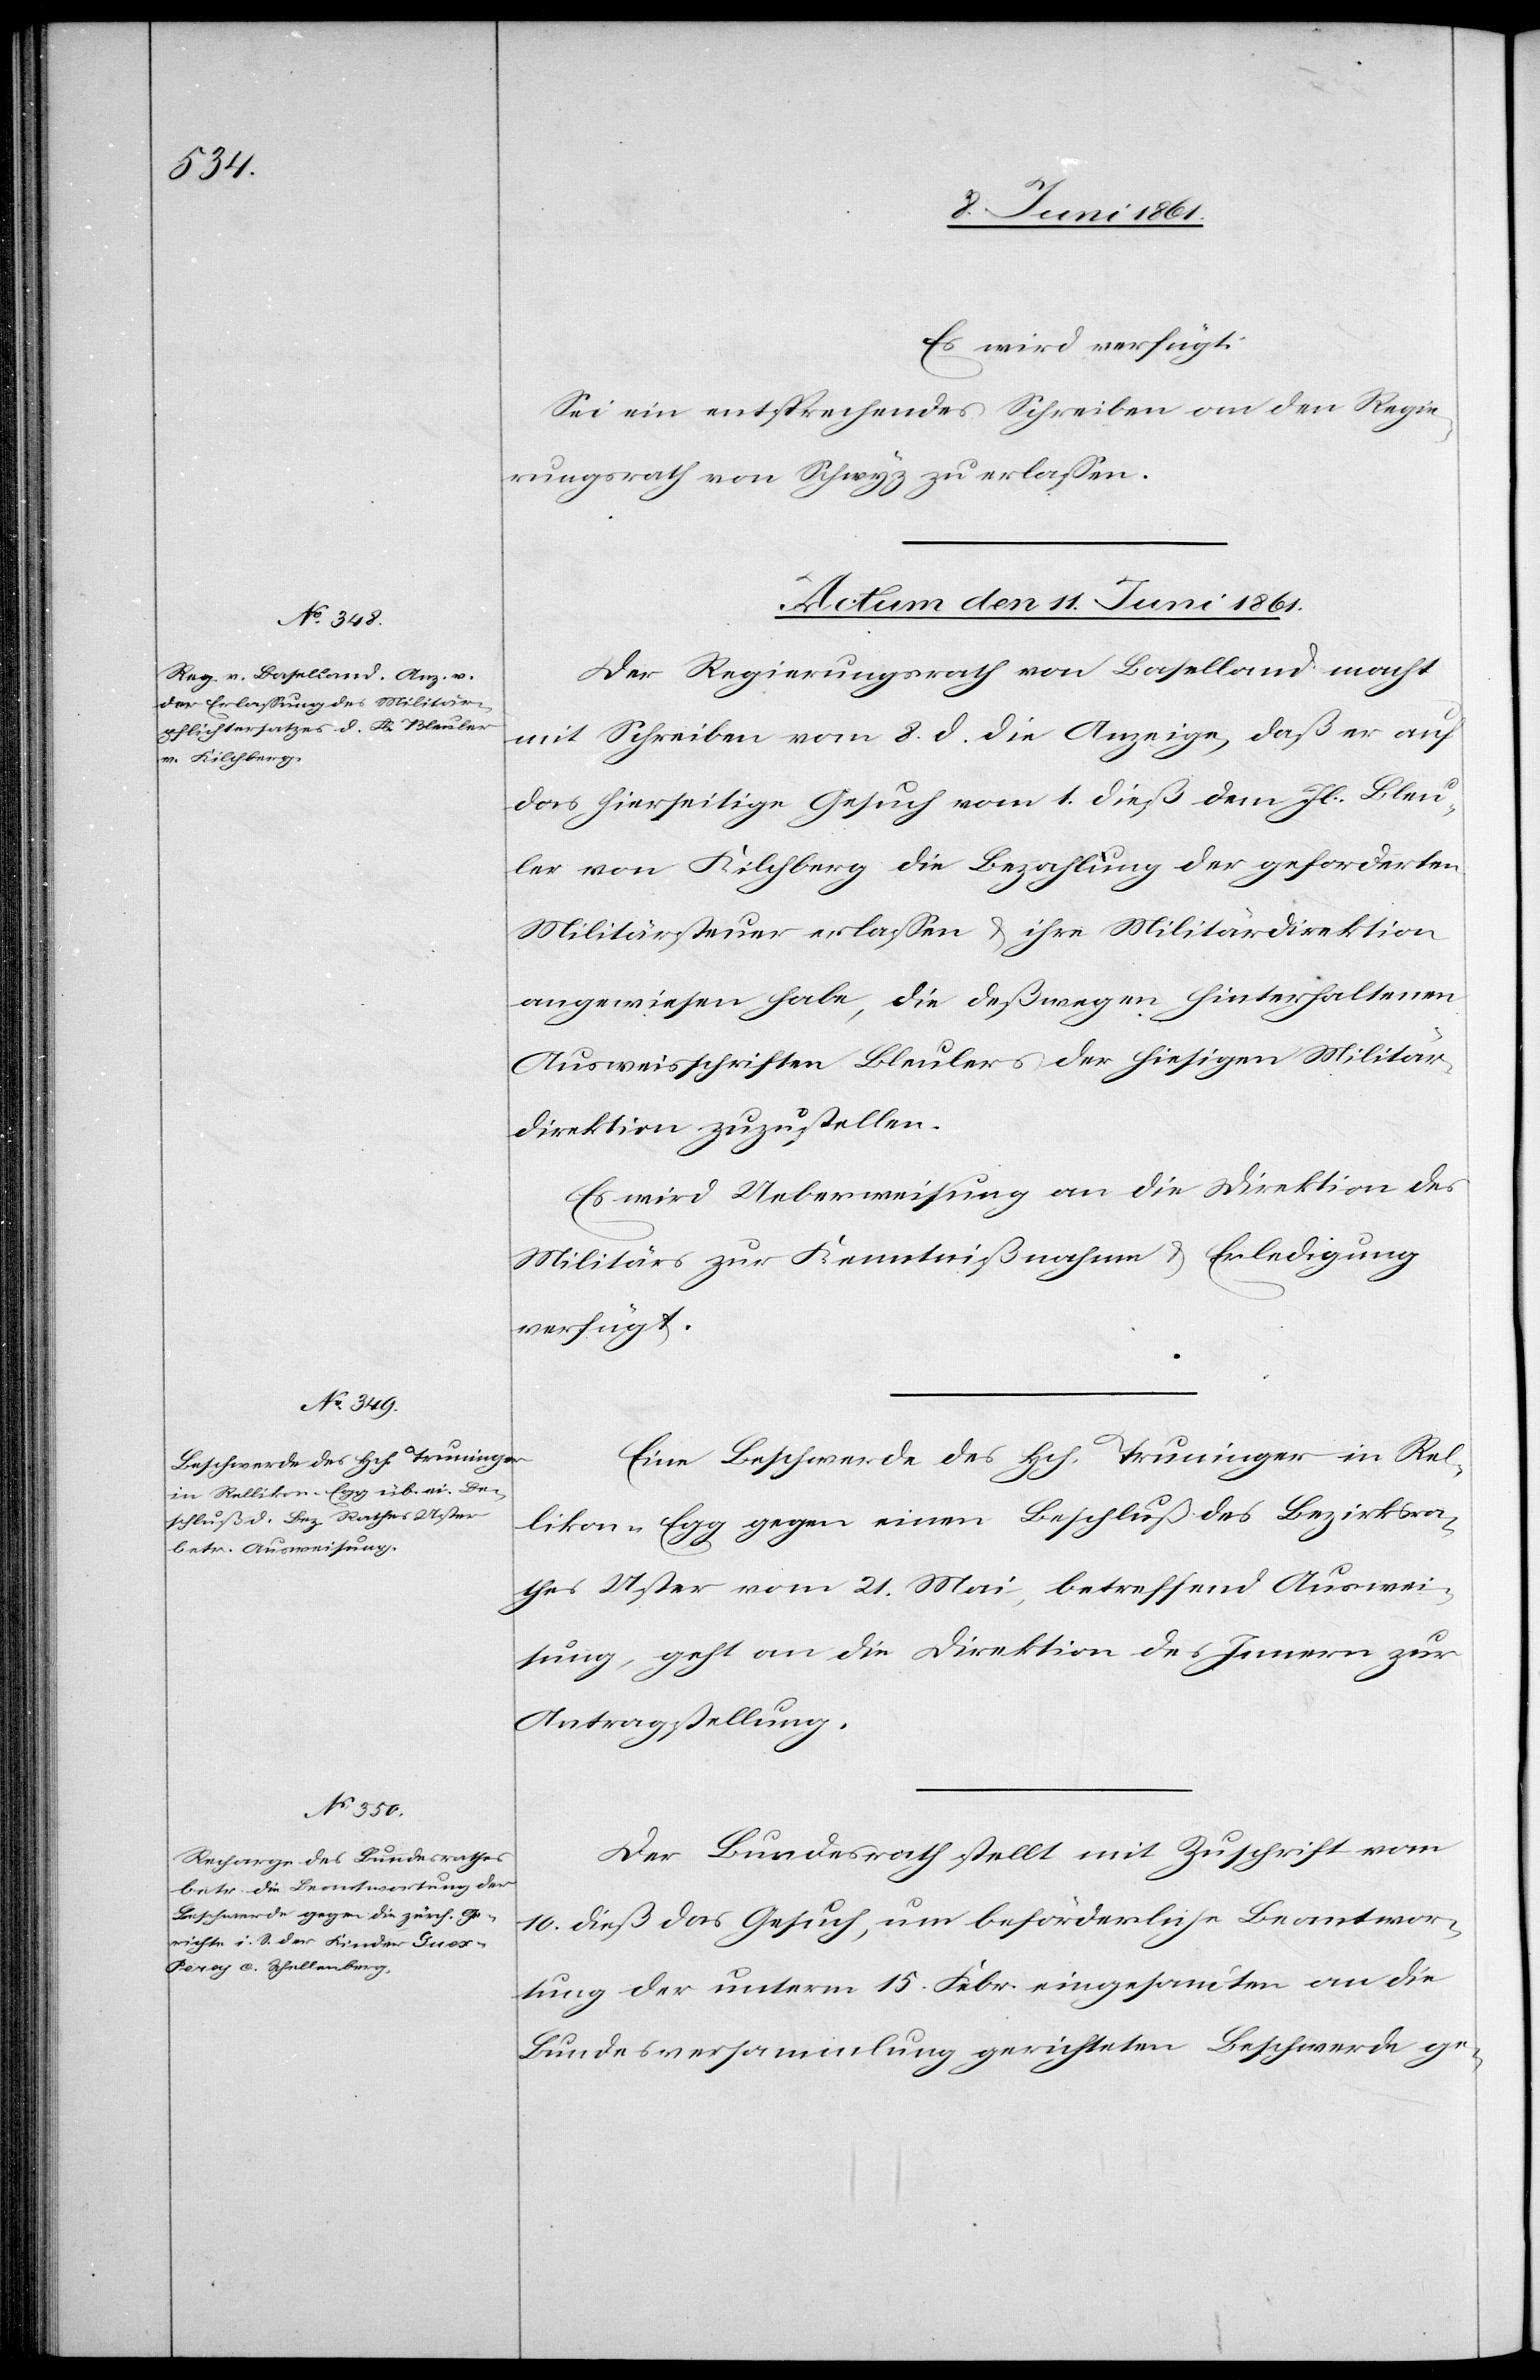
Es wird verfügt:
Sei ein entsprechendes Schreiben an den Regie¬
rungsrath von Schwyz erlassen.
Actum den 11. Juni 1861.]
Der Regierungsrath von Baselland macht
mit Schreiben vom 8. d. die Anzeige, daß er auf
das hierseitige Gesuch vom 1. dieß dem Jb. Bleu¬
ler von Kilchberg die Bezahlung der geforderten
Militärsteuer erlassen u. ihre Militärdirektion
angewiesen habe, die deßwegen in hinterhaltenen
Ausweisschriften Bleulers der hiesigen Militär¬
direktion zuzustellen.
Es wird Ueberweisung an die Direktion des
Militärs zur Kenntnißnahme u. Erledigung
verfügt.
Eine Beschwerde des Hch. Truninger in Rel¬
likon-Egg gegen einen Beschluß des Bezirksra¬
thes Uster vom 21. Mai, betreffend Auswei¬
sung, geht an die Direktion des Innern zur
Antragstellung.
Der Bundesrath stellt mit Zuschrift vom
10. dieß das Gesuch, um beförderliche Beantwor¬
tung der unterm 15. Febr. eingesandten an die
Bundesversammlung gerichteten Beschwerde ge-